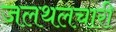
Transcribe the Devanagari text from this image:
जलथलचारी